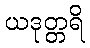
ယဒုတ္တရိ